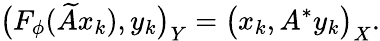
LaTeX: \bigl(F_{\phi}(\widetilde{A}x_{k}),y_{k}\bigr)_{Y}=\bigl(x_{k},A^{*}y_{k}\bigr)_{X}.